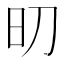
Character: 旫